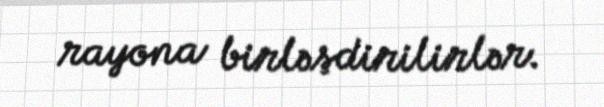
rayona birləşdirilirlər.